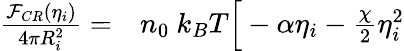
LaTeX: \begin{array}{rl}{\frac{{\mathcal F}_{CR}(\eta_{i})}{4\pi R_{i}^{2}}=}&{{}n_{0}~k_{B}T\Big[-\alpha\eta_{i}-\frac{\chi}{2}\eta_{i}^{2}}\end{array}